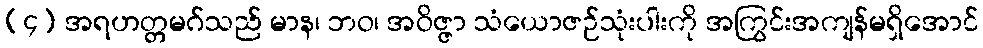
(၄) အရဟတ္တမဂ်သည် မာန၊ ဘဝ၊ အဝိဇ္ဇာ သံယောဇဉ်သုံးပါးကို အကြွင်းအကျန်မရှိအောင်